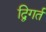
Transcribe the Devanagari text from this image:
द्विगर्त